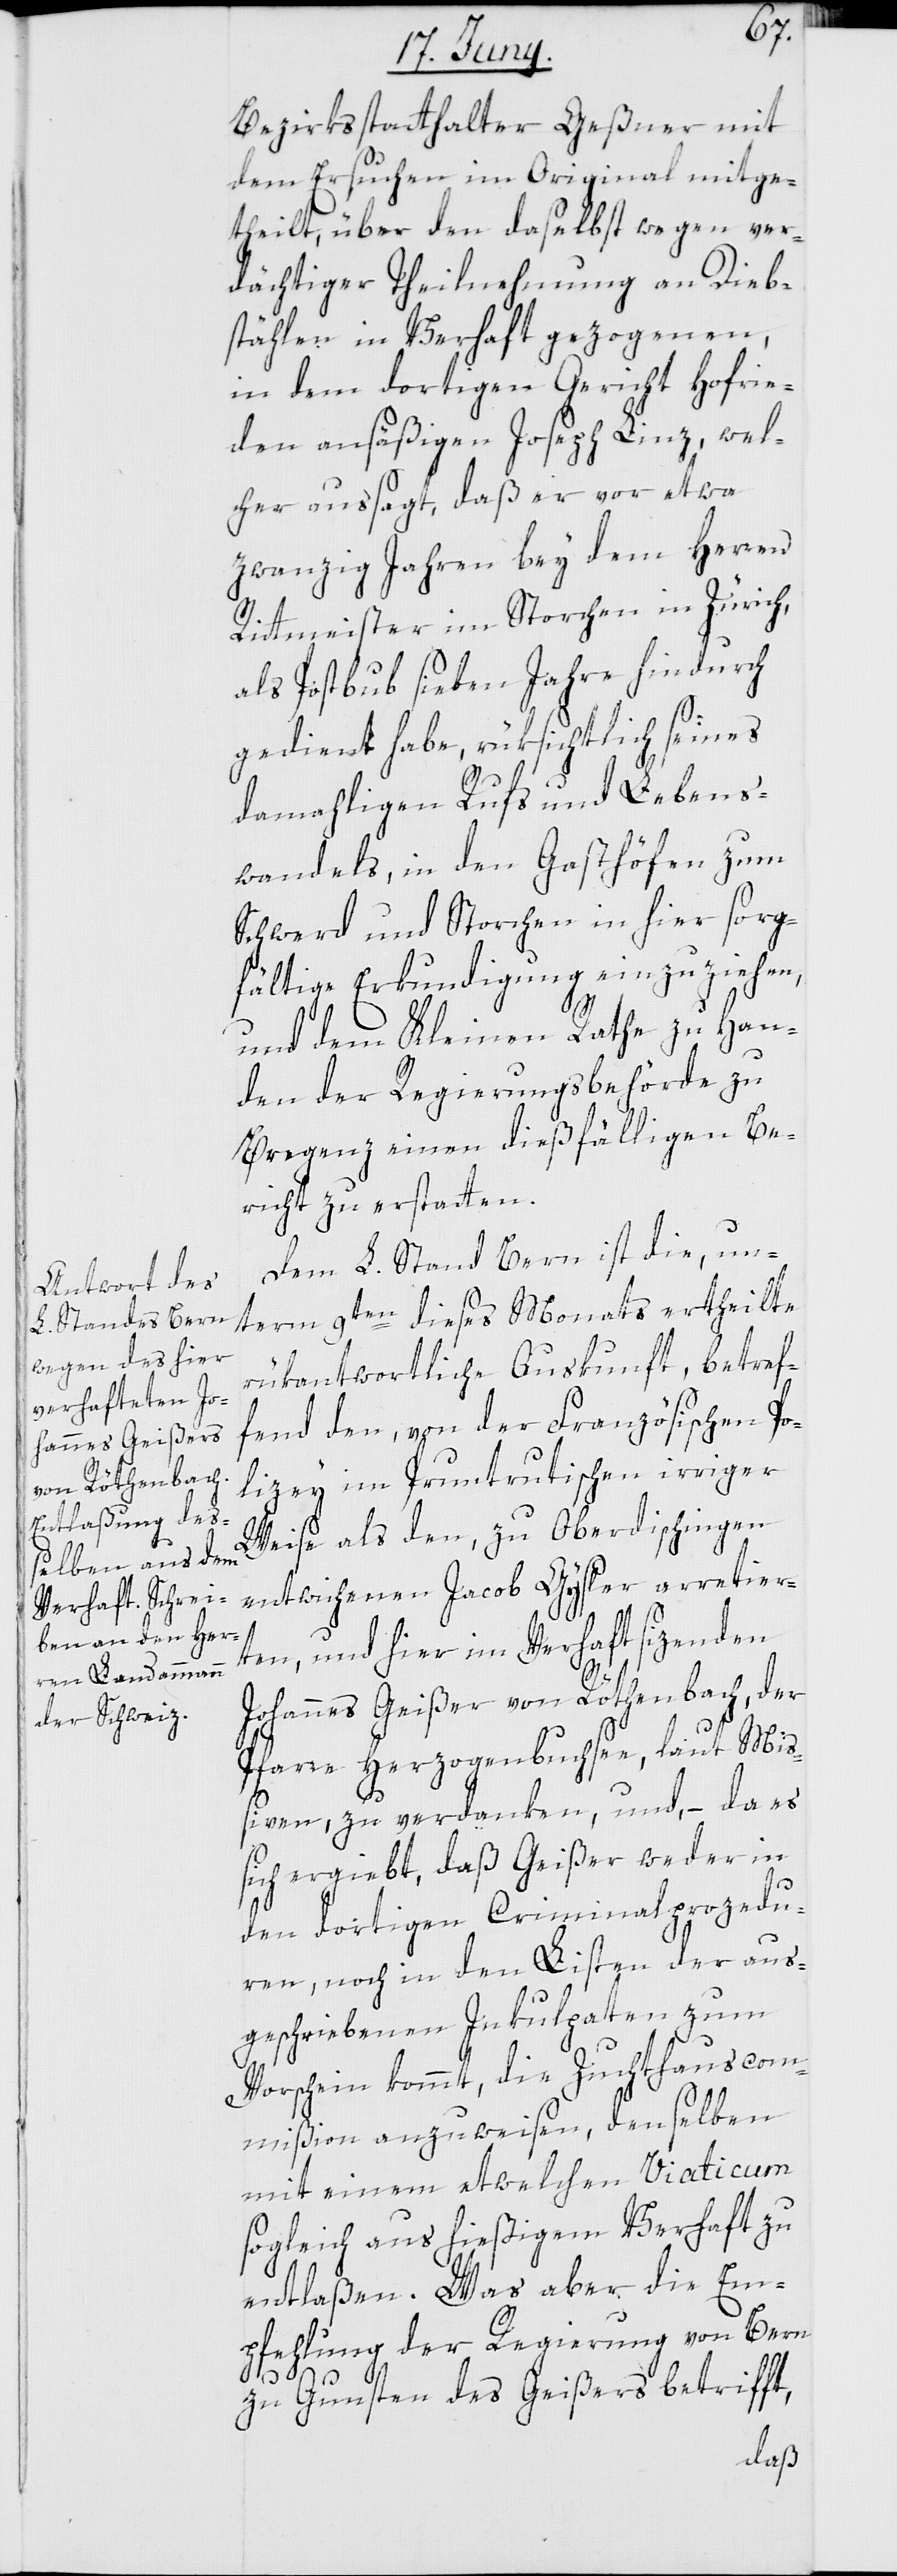
Bezirksstatthalter Geßner mit
dem Ersuchen im Original mitge¬
theilt, über den daselbst wegen ver¬
dächtiger Theilnehmung an Dieb¬
stählen in Verhaft gezogenen,
in dem dortigen Gericht Hofrie¬
den ansäßigen Joseph Linz, wel¬
cher aussagt, daß er vor etwa
zwanzig Jahren bey dem Herren
Rittmeister im Storchen in Zürich,
als Postbub sieben Jahre hindurch
gedient habe, rüksichtlich seines
damahligen Rufs und Lebens¬
wandels, in den Gasthöfen zum
Schwerd und Storchen in hier sorg¬
fältige Erkundigung einzuziehen,
und dem Kleinen Rathe zu Han¬
den der Regierungsbehörde zu
Bregenz einen dießfälligen Be¬
richt zu erstatten.
Dem L. Stand Bern ist die, un¬
term 9ten dieses Monats ertheilte
rükantwortliche Auskunft, betref¬
fend den, von der Französischen Po¬
lizey im Pruntrutischen irriger
Weise als den zu Oberdischingen
entwichenen Jacob Gysler arretier¬
ten, und hier im Verhaft sizenden
Johannes Geißer von Röthenbach, der
Pfarre Herzogenbuchsee, laut Miß¬
iven, zu verdanken, und, – da es
sich ergiebt, daß Geißer weder in
den dortigen Criminalprozedu¬
ren noch in den Listen der aus¬
geschriebenen Inkulpaten zum
Vorschein kommt, die Zuchthauscom¬
mißion anzuweisen, denselben
mit einem etwelchen Viaticum
sogleich aus hießigem Verhaft zu
entlaßen. Was aber die Em¬
pfehlung der Regierung von Bern
zu Gunsten des Geißers betrifft,